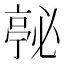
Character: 𭞇